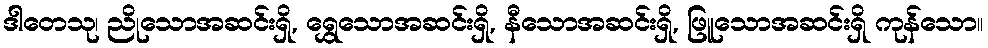
ဒါတေသု၊ ညိုသောအဆင်းရှိ, ရွှေသောအဆင်းရှိ, နီသောအဆင်းရှိ, ဖြူသောအဆင်းရှိ ကုန်သော။